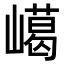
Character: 嶱